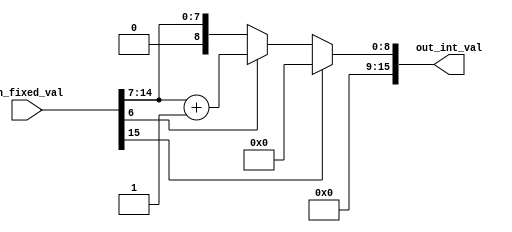
module FixedToUnsignedInt(in_fixed_val, out_int_val);

	// input/output declarations
	input [15:0] in_fixed_val;
	output [15:0] out_int_val;
	
	// if-else statements using ? : operator
	assign out_int_val = 	// negative, so set to lowest possible unsigned value
							(in_fixed_val[15] == 1'b1) ? (16'b0) :
							// 0.5 or greater fraction, so round-up
							(in_fixed_val[6] == 1'b1) ? ((in_fixed_val[14:7]) + 1'b1) :
							// regular, so just return int portion
							(in_fixed_val[14:7]);


endmodule